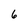
Character: 6